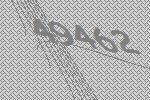
49462